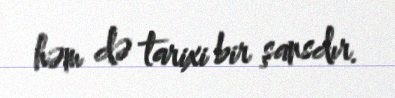
həm də tarixi bir şansdır.